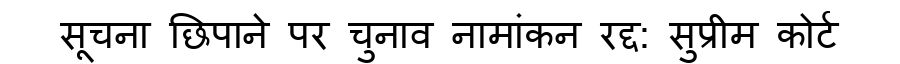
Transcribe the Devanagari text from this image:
सूचना छिपाने पर चुनाव नामांकन रद्द: सुप्रीम कोर्ट